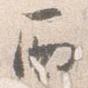
西